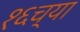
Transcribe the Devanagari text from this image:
१६च्या